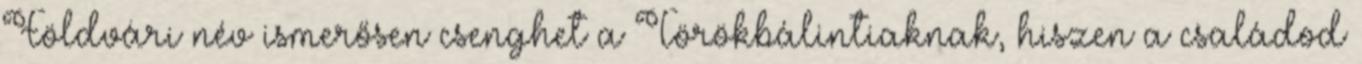
Földvári név ismerősen csenghet a Törökbálintiaknak, hiszen a családod